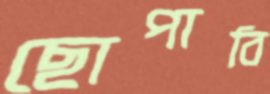
ছোপাবি